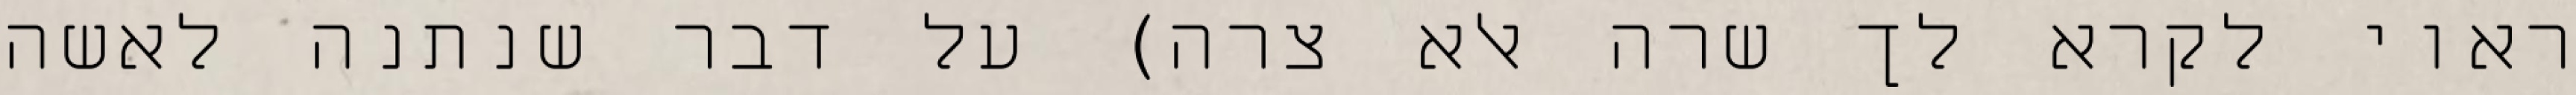
ראוי לקרא לך שרה אלא צרה) על דבר שנתנה לאשה